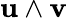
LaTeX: \mathbf{u}\wedge\mathbf{v}